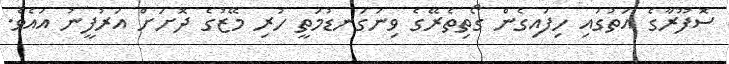
ސޮފޫރާގެ އަތުގައި ހިފައިގެން ގޯތިތެރޭގެ ވިނަގަނޑުމަތީ ހުރި މޭޒުގެ ދޮށަށް އަރުފީނު އައެވެ.